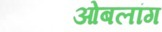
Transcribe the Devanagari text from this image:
ओबलांग